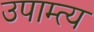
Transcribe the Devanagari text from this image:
उपाम्त्य